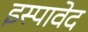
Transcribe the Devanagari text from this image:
इस्पावेद